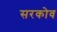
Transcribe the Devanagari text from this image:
सरकोव